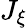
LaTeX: J_{\xi}